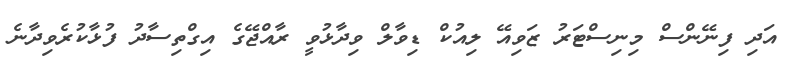
އަދި ފިނޭންސް މިނިސްޓަރު ޒަވިއޭ ލިއުކް ޑިވާލް ވިދާޅުވީ ރާއްޖޭގެ އިގްތިސާދު ފުޅާކުރެވިދާނެ